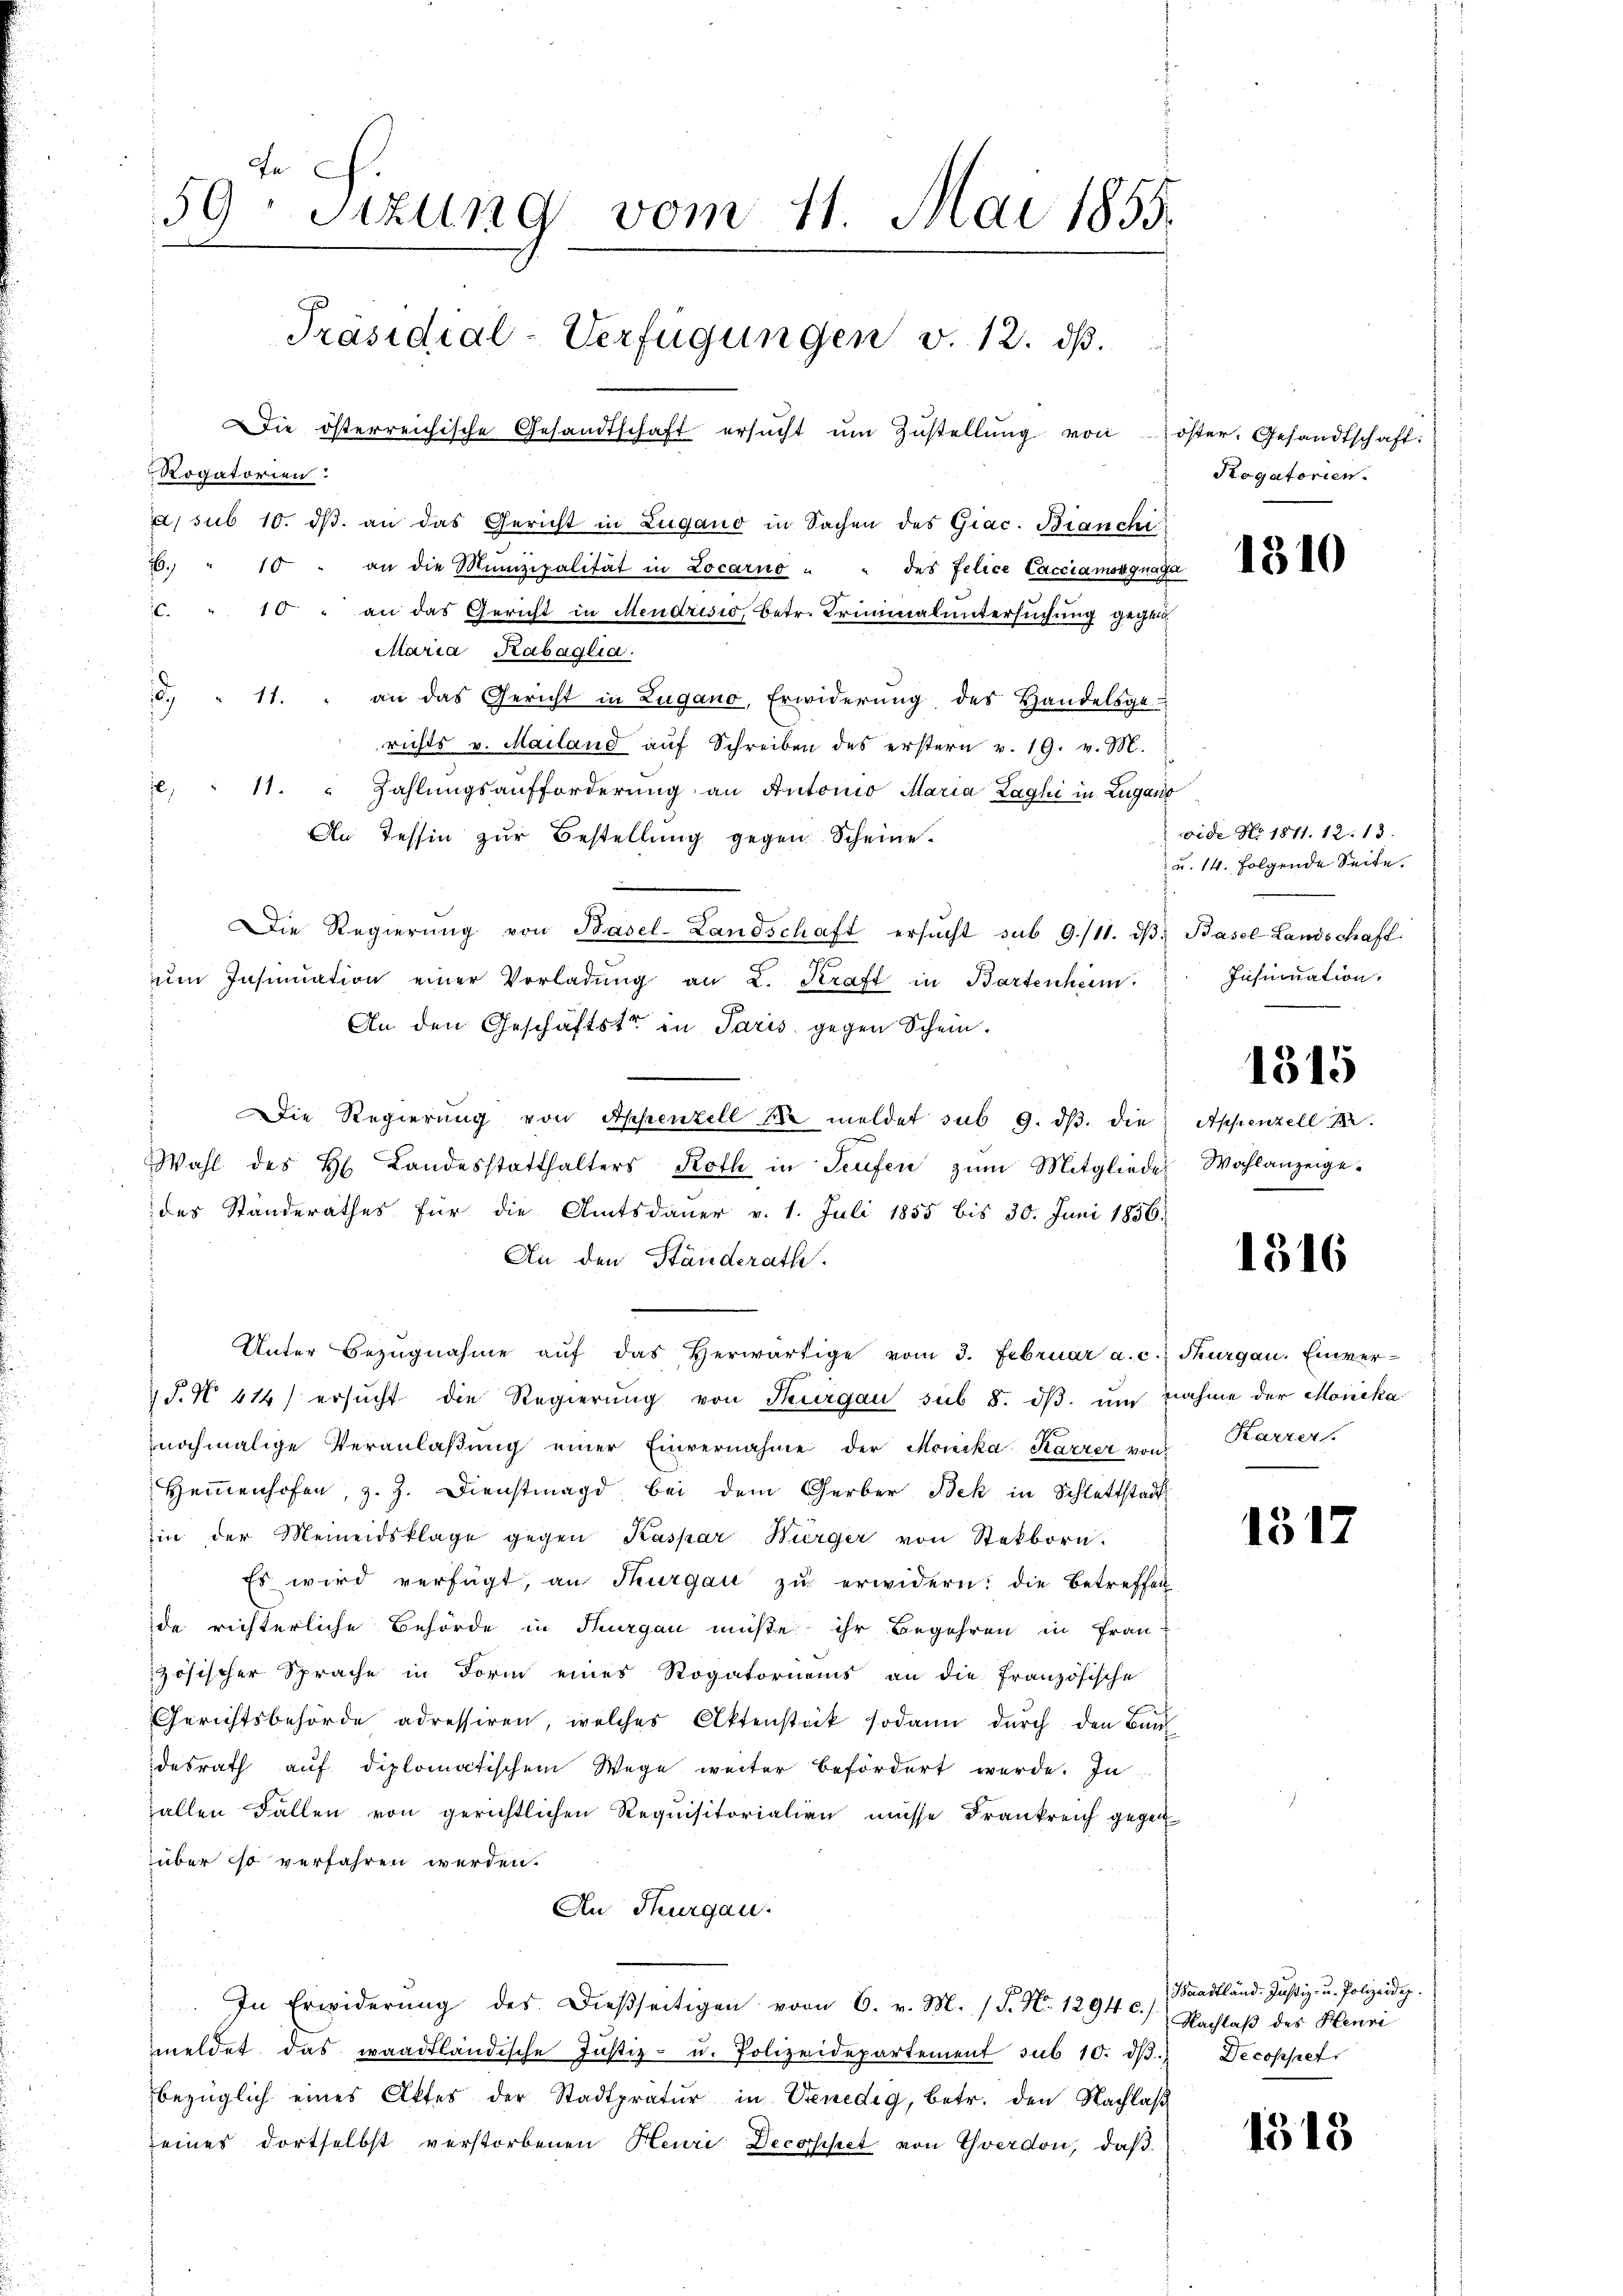
In
59. Sitzung vom 11. Mai 1855.
Präsidial-Verfügungen v. 12. ds.
die österreichische Gesandtschaft ersŭcht ŭm Zŭstellŭng von öster. Gesandtschaft.
Rogatorien
d sub 10. ds. an das Gericht in Zugano in Sachen des Giac. Bianchi
6. " 10 " an die Munizipalität in Locarno " " des felice Lacciamokquaga

C. " 10 " an das Gericht in Mendrisio, betr. Triminaluntersuchung gegen
Maria Rabaglia.
d. " 11. " an das Gericht in Zugano, Erwiderŭng des Handelsge-
richts v. Mailand aŭf Schreiben des erstern v. 19. v. M.
 " 11. " Zahlŭngsaufforderŭng an Antonio Maria Zaghi in Lugano
An Tessin zur Bestellung gegen Scheine.
Die Regierŭng von Basel-Landschaft ersŭcht sub 9./11. dβ Basel-Landschaft
ŭm Insinuation einer Vorladŭng an L. Kraft in Bartenheim
An den Geschäftstr in Paris gegen Schein.
Die Regierung von Appenzell sie meldet sub 9. ds. die
Wahl des H. Landesstatthalters Roth in Teufen zum Mitglieder
des Standerathes für die Amtsdauer v. 1. Juli 1855 bis 30. Juni 1856.
An den Ständerath.
Unter Bezŭgnahme aŭf das herwärtige vom 3. Februar a. c. Thurgau. Einver-
§. No 614) ersŭcht die Regierŭng von Thurgau sub 8. dβ ŭm nahme der Monika
nochmalige Veranlaβŭng einer Einvernahme der Monika Karrer von
Hammenhofen, z. Z. Dienstmagd bei dem Gerber Bek in Schlattstadt
in der Meieidsklage gegen Kaspar Würger von Stetborn.
Es wird verfügt, an Thurgau zu erwidern: die Betreffen
de richterliche Behörde in Thurgau müßte ihr Begehren in Frau
zösischer Sprache in Form eines Rogatoriums an die französische
Gerichtsbehörde adressiren, welches Aktenstück sodann durch den Baul
desrath auf diplomatischem Wege weiter befördert werde. In
allen Fallen von gerichtlichen Requisitorialien müsse Frankreich gegen
über so verfahren werden.
An Thurgau.
. In Erwiderŭng des Dieβseitigen vom 6. v. M. (N. N. 1294 c.) Nachlaβ des Henri
meldet das waadtländische Justiz- u. Polizeidepartement sub 10. dβ. Decoppet
bezüglich eines Aktes der Stadtpratŭr in Venedig, betr. den Nachlaß
seines dortselbst verstorbenen Heuri Decopet von Yverdon, daß

Rogatorien.

1310

vide No. 1811. 12. 13.
u. 14. Folgende Seite.
Insinuation.

1315

Appenzell I.
Wahlanzeige.

1316

Karrer

1512

Waadtländ. Justiz- u. Polizeidig

1513